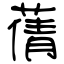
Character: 蒨